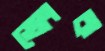
ভোংক